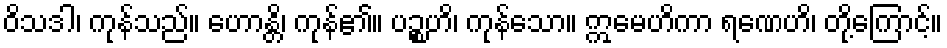
ဝိသဒါ၊ ကုန်သည်။ ဟောန္တိ၊ ကုန်၏။ ပဉ္စဟိ၊ ကုန်သော။ ဣမေဟိကာ ရဏေဟိ၊ တို့ကြောင့်။